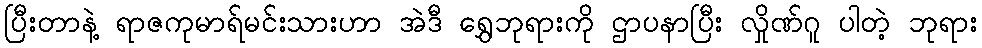
ပြီးတာနဲ့ ရာဇကုမာရ်မင်းသားဟာ အဲဒီ ရွှေဘုရားကို ဌာပနာပြီး လှိုဏ်ဂူ ပါတဲ့ ဘုရား